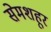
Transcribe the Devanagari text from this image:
सेमशहूर